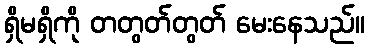
ရှိမရှိကို တတွတ်တွတ် မေးနေသည်။